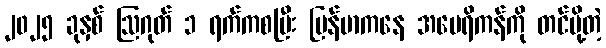
၂၀၂၅ ခုနှစ် ဩဂုတ် ၁ ရက်ကစပြီး မြန်မာကနေ အမေရိကန်ကို တင်ပို့တဲ့